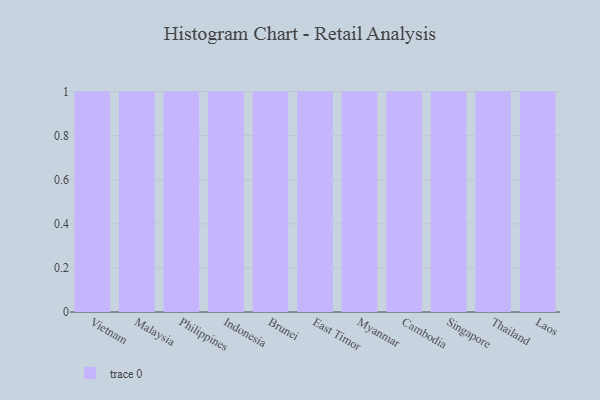
{"axis": {"x": "Country", "y": "Operating Costs (USD K)"}, "legend": [""], "data": [{"x": "Vietnam", "y": 41, "type": ""}, {"x": "Malaysia", "y": 78, "type": ""}, {"x": "Philippines", "y": 21, "type": ""}, {"x": "Indonesia", "y": 83, "type": ""}, {"x": "Brunei", "y": 4, "type": ""}, {"x": "East Timor", "y": 46, "type": ""}, {"x": "Myanmar", "y": 90, "type": ""}, {"x": "Cambodia", "y": 48, "type": ""}, {"x": "Singapore", "y": 70, "type": ""}, {"x": "Thailand", "y": 96, "type": ""}, {"x": "Laos", "y": 30, "type": ""}]}